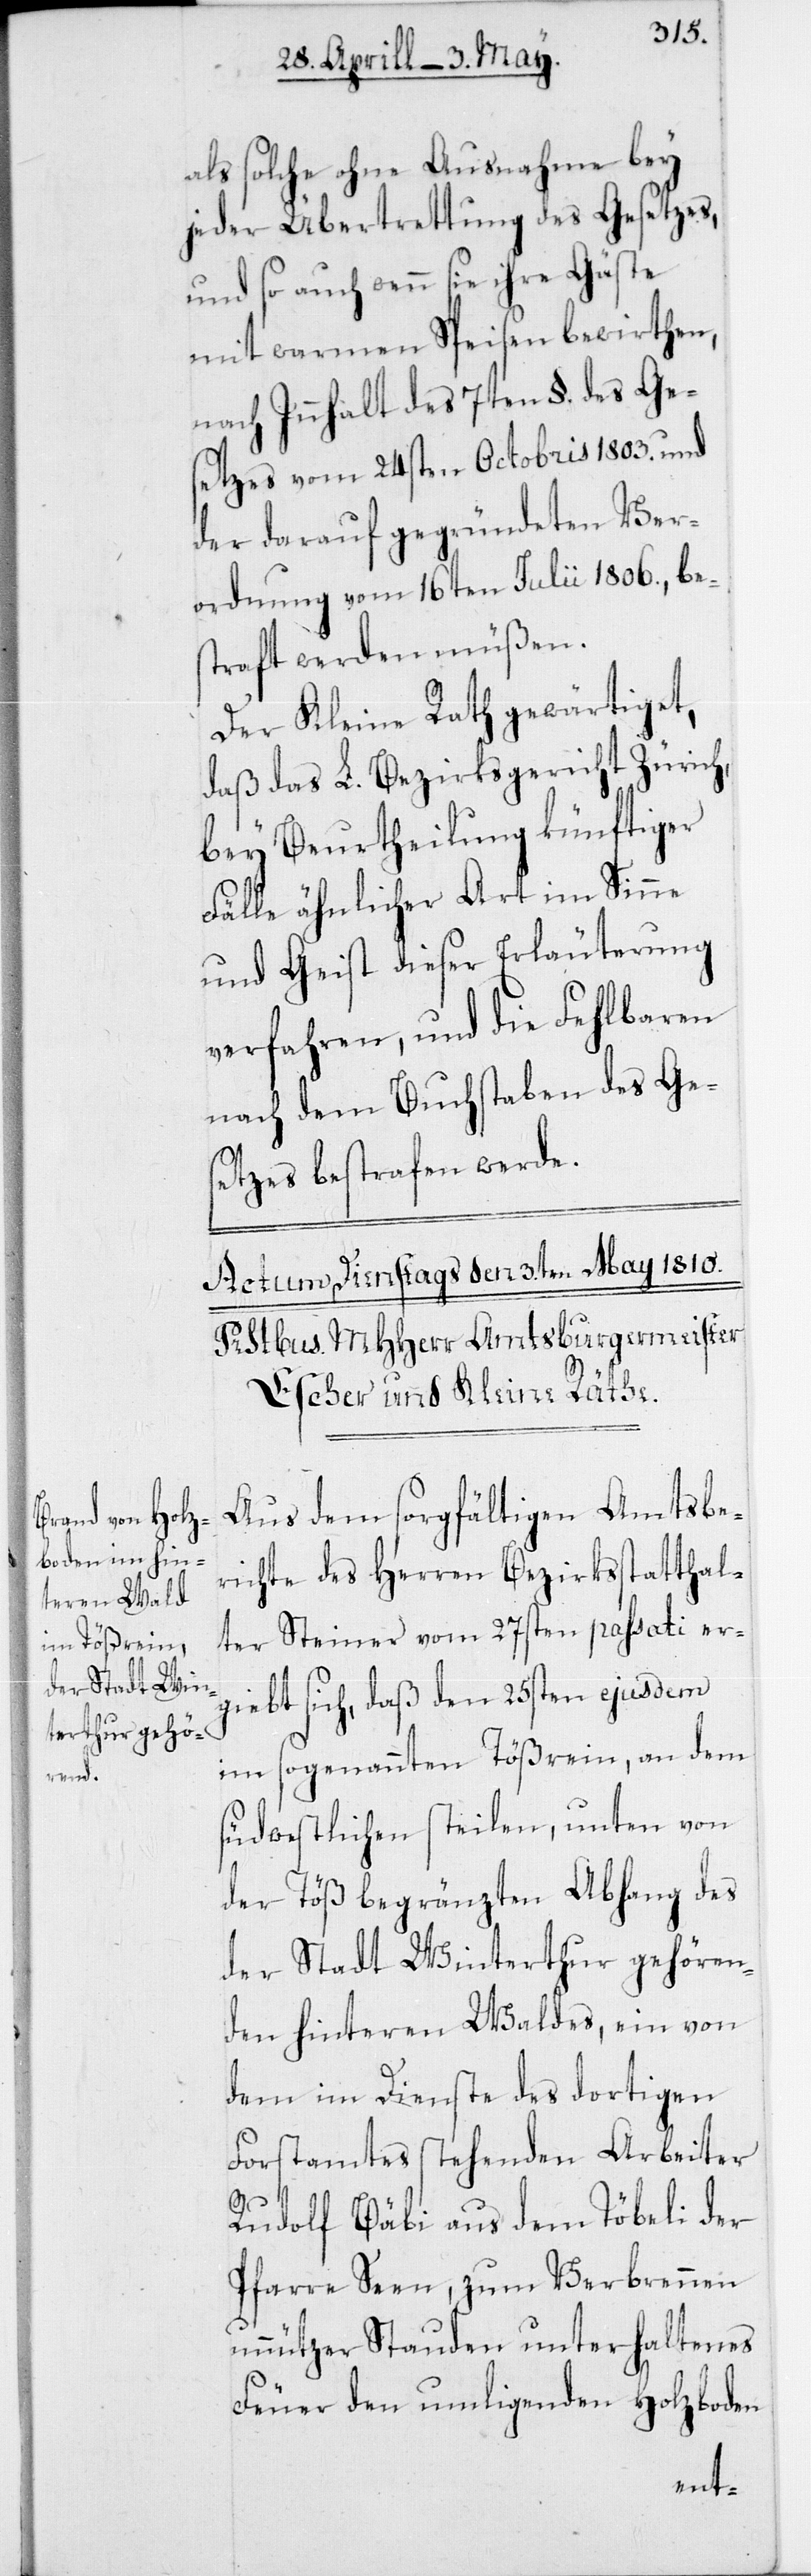
als solche ohne Ausnahme bey
jeder Übertrettung des Gesetzes,
und so auch wenn sie ihre Gäste
mit warmen Speisen bewirthen,
nach Innhalt des 7ten §. des Ge¬
setzes vom 24sten Octobris 1803. und
der darauf gegeründeten Ver¬
ordnung vom 16ten Julii 1806., bes¬
traft werden müßen.
Der Kleine Rath gewärtiget,
daß das L. Bezirksgericht Zürich,
bey Beurtheilung künftiger
Fälle ähnlicher Art im Sinne
und Geist dieser Erläuterung
verfahren, und die Fehlbaren
nach dem Buchstaben des Ge¬
setzes bestrafen werde.
Aus dem sorgfältigen Amtsbe¬
richte des Herren Bezirksstatthal¬
ter Steiner vom 27sten passati er¬
giebt sich, daß den 25sten ejusdem
im sogenannten Tößrain, an dem
südwestlichen steilen, unten von
der Töß begränzten Abhang des
der Stadt Winterthur gehören¬
den hinteren Waldes, ein von
dem im Dienste des dortigen
Forstamtes stehenden Arbeiter
Rudolf Bäbi aus dem Töbeli der
Pfarre Seen, zum Verbrennen
unnützer Stauden unterhaltenes
Feuer den umligenden Holzboden